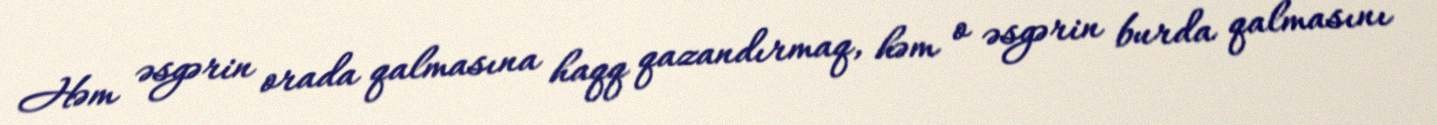
Həm əsgərin orada qalmasına haqq qazandırmaq, həm o əsgərin burda qalmasını